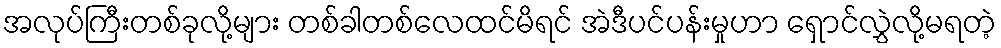
အလုပ်ကြီးတစ်ခုလို့များ တစ်ခါတစ်လေထင်မိရင် အဲဒီပင်ပန်းမှုဟာ ရှောင်လွှဲလို့မရတဲ့